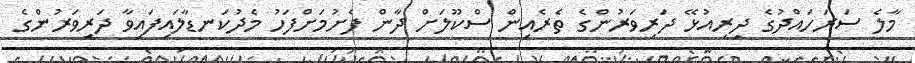
މާލެ ސަރަހައްދުގެ ދިރިއުޅޭ ދަރިވަރުންގެ ތެރެއިން ސްކޫލަށް ދާން ފެށުމަށްފަހު މެދުކަނޑާލައިފައިވާ ދަރިވަރުންގެ